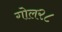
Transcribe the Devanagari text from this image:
गोल२८